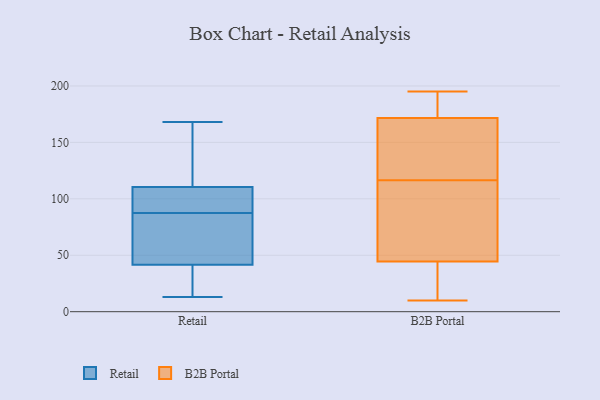
{"axis": {"x": "Energy Usage (MWh)", "y": "Value"}, "legend": ["B2B Portal", "Retail"], "data": [{"x": "", "y": 36, "type": "Retail"}, {"x": "", "y": 58, "type": "Retail"}, {"x": "", "y": 29, "type": "Retail"}, {"x": "", "y": 34, "type": "Retail"}, {"x": "", "y": 78, "type": "Retail"}, {"x": "", "y": 98, "type": "Retail"}, {"x": "", "y": 47, "type": "Retail"}, {"x": "", "y": 92, "type": "Retail"}, {"x": "", "y": 103, "type": "Retail"}, {"x": "", "y": 138, "type": "Retail"}, {"x": "", "y": 13, "type": "Retail"}, {"x": "", "y": 149, "type": "Retail"}, {"x": "", "y": 97, "type": "Retail"}, {"x": "", "y": 168, "type": "Retail"}, {"x": "", "y": 118, "type": "Retail"}, {"x": "", "y": 83, "type": "Retail"}, {"x": "", "y": 140, "type": "B2B Portal"}, {"x": "", "y": 159, "type": "B2B Portal"}, {"x": "", "y": 179, "type": "B2B Portal"}, {"x": "", "y": 13, "type": "B2B Portal"}, {"x": "", "y": 24, "type": "B2B Portal"}, {"x": "", "y": 59, "type": "B2B Portal"}, {"x": "", "y": 102, "type": "B2B Portal"}, {"x": "", "y": 190, "type": "B2B Portal"}, {"x": "", "y": 195, "type": "B2B Portal"}, {"x": "", "y": 10, "type": "B2B Portal"}, {"x": "", "y": 37, "type": "B2B Portal"}, {"x": "", "y": 19, "type": "B2B Portal"}, {"x": "", "y": 89, "type": "B2B Portal"}, {"x": "", "y": 183, "type": "B2B Portal"}, {"x": "", "y": 181, "type": "B2B Portal"}, {"x": "", "y": 52, "type": "B2B Portal"}, {"x": "", "y": 131, "type": "B2B Portal"}, {"x": "", "y": 164, "type": "B2B Portal"}, {"x": "", "y": 79, "type": "B2B Portal"}, {"x": "", "y": 131, "type": "B2B Portal"}]}